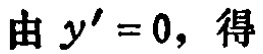
由 \(y' = 0\)，得